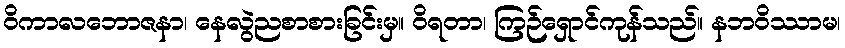
ဝိကာလဘောဇနာ၊ နေလွဲညစာစားခြင်းမှ။ ဝိရတာ၊ ကြဉ်ရှောင်ကုန်သည်။ နဘဝိဿာမ၊